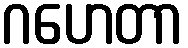
ဂဟေတာ